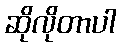
ဆိုလိုတာပါ